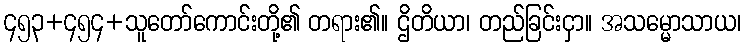
၄၅၃+၄၅၄+သူတော်ကောင်းတို့၏ တရား၏။ ဌိတိယာ၊ တည်ခြင်းငှာ။ အသမ္မောသာယ၊